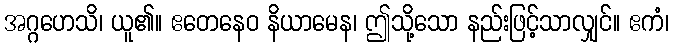
အဂ္ဂဟေသိ၊ ယူ၏။ ဧတေနေဝ နိယာမေန၊ ဤသို့သော နည်းဖြင့်သာလျှင်။ ဧကံ၊